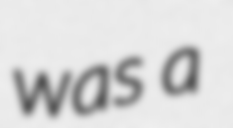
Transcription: was a